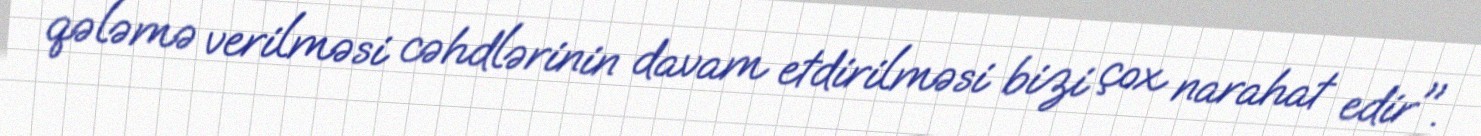
qələmə verilməsi cəhdlərinin davam etdirilməsi bizi çox narahat edir".